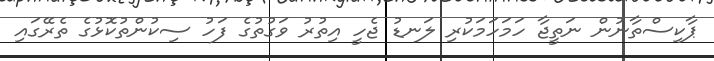
ޕާކިސްތާނުން ނަތީޖާ ހަމަހަމަކުރި ލަނޑު ޖެހީ އިތުރު ވަގުތުގެ ފަހު ސިކުންތުކޮޅުގެ ތެރޭގައި